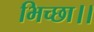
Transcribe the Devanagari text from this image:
भिच्‍छा।।